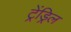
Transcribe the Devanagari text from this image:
ट्रेंड्रिल